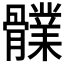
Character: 𩪤